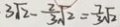
3 \sqrt { 2 } - \frac { 2 } { 3 } \sqrt { 2 } = \frac { 7 } { 3 } \sqrt { 2 }